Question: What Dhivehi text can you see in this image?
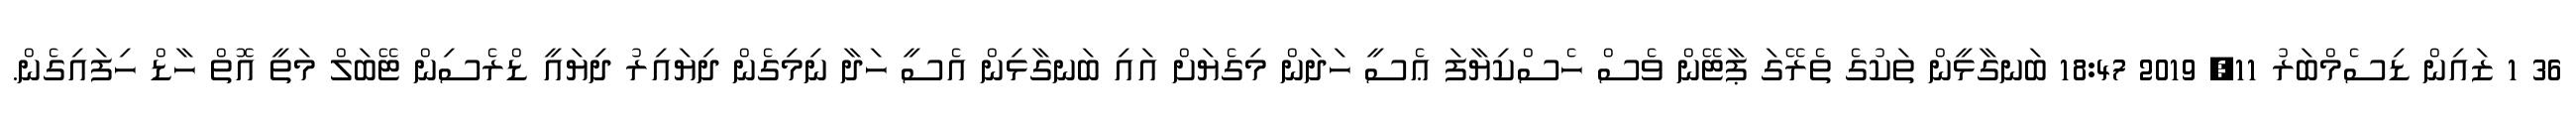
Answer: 36 1 ޒައިން ޑިސެމްބަރު 11, 2019 18:47 ބަނގާޅީން ތަކުގެ ތެރޭގަ ޕާޓޭން ވެސް ހެސްކިޔާފަ ޢެސީ ހަދަން މިގެޔަށް އައި ބަނގާޅިން އެސީ ހަދާ ނިމިގެން ދިޔައިރު ދިޔައީ ޑްރެސިން ޓޭބަލް މަތީ އޮތް ހާޑް ހިފައިގެން.